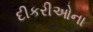
દીકરીઓના